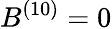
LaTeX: B^{(10)}=0